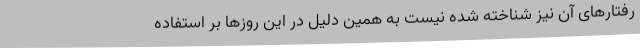
رفتارهای آن نیز شناخته شده نیست به همین دلیل در این روزها بر استفاده